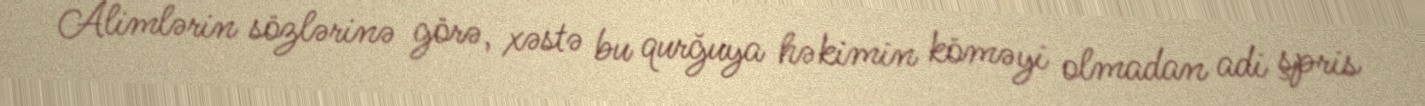
Alimlərin sözlərinə görə, xəstə bu qurğuya həkimin köməyi olmadan adi şpris